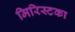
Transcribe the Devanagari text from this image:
मिरिस्टका